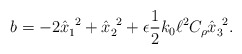
\begin{align*}b = -2 \hat{x}_{1}^{~2} + \hat{x}_{2}^{~2} + \epsilon \frac{1}{2} k_{0} \ell^{2} C_{\rho} \hat{x}_{3}^{~2}. \end{align*}